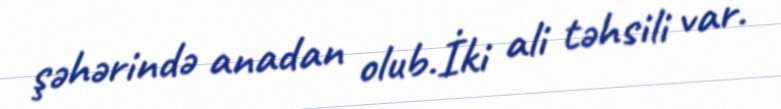
şəhərində anadan olub.İki ali təhsili var.